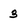
Character: 3